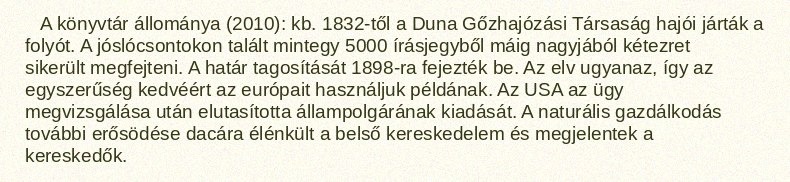
A könyvtár állománya (2010): kb. 1832-től a Duna Gőzhajózási Társaság hajói járták a folyót. A jóslócsontokon talált mintegy 5000 írásjegyből máig nagyjából kétezret sikerült megfejteni. A határ tagosítását 1898-ra fejezték be. Az elv ugyanaz, így az egyszerűség kedvéért az európait használjuk példának. Az USA az ügy megvizsgálása után elutasította állampolgárának kiadását. A naturális gazdálkodás további erősödése dacára élénkült a belső kereskedelem és megjelentek a kereskedők.